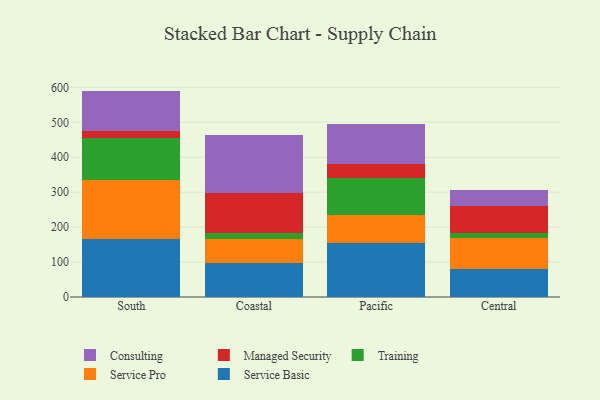
{"axis": {"x": "Region", "y": "Backlog"}, "legend": ["Consulting", "Managed Security", "Service Basic", "Service Pro", "Training"], "data": [{"x": "South", "y": 166.7, "type": "Service Basic"}, {"x": "South", "y": 167.8, "type": "Service Pro"}, {"x": "South", "y": 121.2, "type": "Training"}, {"x": "South", "y": 20.8, "type": "Managed Security"}, {"x": "South", "y": 113.6, "type": "Consulting"}, {"x": "Coastal", "y": 98.6, "type": "Service Basic"}, {"x": "Coastal", "y": 66.1, "type": "Service Pro"}, {"x": "Coastal", "y": 17.5, "type": "Training"}, {"x": "Coastal", "y": 115.7, "type": "Managed Security"}, {"x": "Coastal", "y": 164.9, "type": "Consulting"}, {"x": "Pacific", "y": 155.9, "type": "Service Basic"}, {"x": "Pacific", "y": 77.6, "type": "Service Pro"}, {"x": "Pacific", "y": 106.7, "type": "Training"}, {"x": "Pacific", "y": 39.7, "type": "Managed Security"}, {"x": "Pacific", "y": 116.1, "type": "Consulting"}, {"x": "Central", "y": 80.6, "type": "Service Basic"}, {"x": "Central", "y": 87.4, "type": "Service Pro"}, {"x": "Central", "y": 15.8, "type": "Training"}, {"x": "Central", "y": 77.1, "type": "Managed Security"}, {"x": "Central", "y": 46.5, "type": "Consulting"}]}